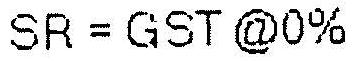
SR = GST @0%